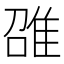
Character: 𲉪